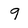
Character: 9